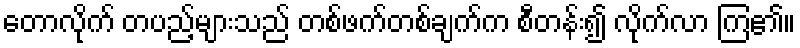
တောလိုက် တပည့်များသည် တစ်ဖက်တစ်ချက်က စီတန်း၍ လိုက်လာ ကြ၏။